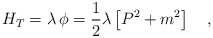
\begin{align*}H_T=\lambda\,\phi=\frac{1}{2}\lambda\left[P^2+m^2\right]\ \ \ ,\end{align*}